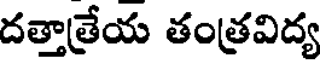
దత్తాత్రేయ తంత్రవిద్య